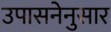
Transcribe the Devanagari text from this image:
उपासनेनुसार